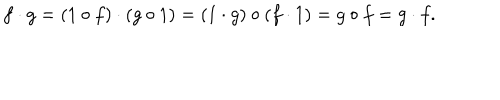
f \cdot g = ( 1 \circ f ) \cdot ( g \circ 1 ) = ( 1 \cdot g ) \circ ( f \cdot 1 ) = g \circ f = g \cdot f .